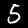
Label: 5